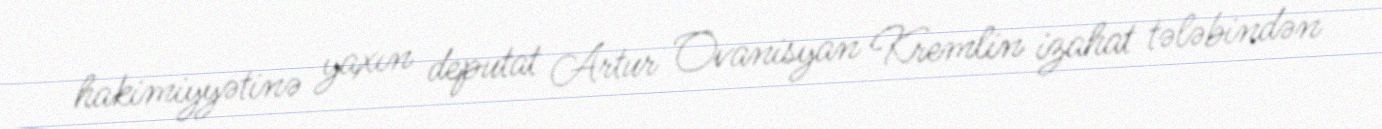
hakimiyyətinə yaxın deputat Artur Ovanisyan Kremlin izahat tələbindən